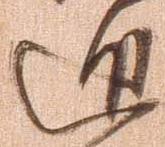
進